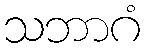
သဘာဂံ